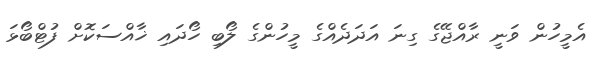
އެމީހުން ވަނީ ރާއްޖޭގެ ގިނަ އަދަދެއްގެ މީހުންގެ ލޯބި ހޯދައި ޚާއްސަކޮށް ފުޓްބޯޅަ